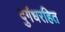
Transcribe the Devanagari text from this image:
दुर्गंधरहित